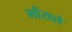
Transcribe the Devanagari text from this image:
भौंसले